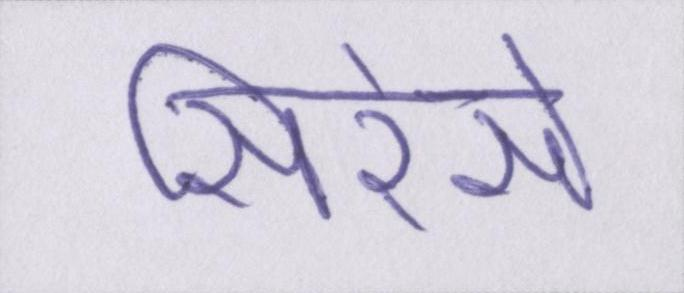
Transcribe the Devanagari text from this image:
सिरेसे